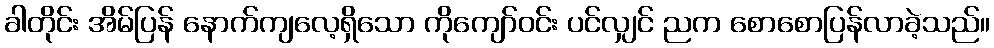
ခါတိုင်း အိမ်ပြန် နောက်ကျလေ့ရှိသော ကိုကျော်ဝင်း ပင်လျှင် ညက စောစောပြန်လာခဲ့သည်။